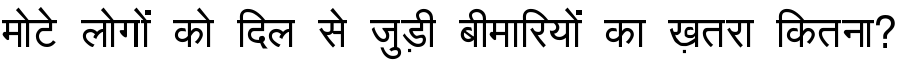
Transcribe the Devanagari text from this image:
मोटे लोगों को दिल से जुड़ी बीमारियों का ख़तरा कितना?